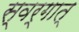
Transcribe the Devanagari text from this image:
स्वर्गात्